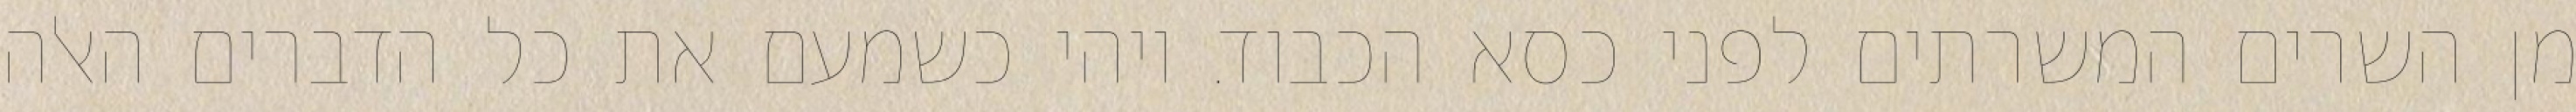
מן השרים המשרתים לפני כסא הכבוד. ויהי כשמעם את כל הדברים האלה